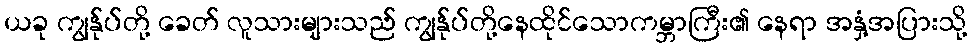
ယခု ကျွန်ုပ်တို့ ခေတ် လူသားများသည် ကျွန်ုပ်တို့နေထိုင်သောကမ္ဘာကြီး၏ နေရာ အနှံ့အပြားသို့